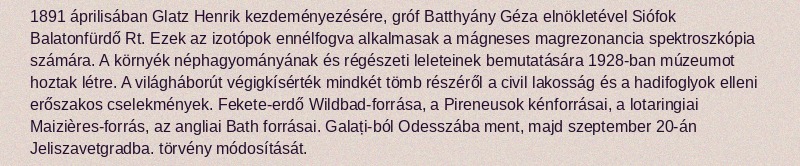
1891 áprilisában Glatz Henrik kezdeményezésére, gróf Batthyány Géza elnökletével Siófok Balatonfürdő Rt. Ezek az izotópok ennélfogva alkalmasak a mágneses magrezonancia spektroszkópia számára. A környék néphagyományának és régészeti leleteinek bemutatására 1928-ban múzeumot hoztak létre. A világháborút végigkísérték mindkét tömb részéről a civil lakosság és a hadifoglyok elleni erőszakos cselekmények. Fekete-erdő Wildbad-forrása, a Pireneusok kénforrásai, a lotaringiai Maizières-forrás, az angliai Bath forrásai. Galați-ból Odesszába ment, majd szeptember 20-án Jeliszavetgradba. törvény módosítását.